Madras plague regulations in force outside the Presidency town - Volume 2
Disease focus: Plague
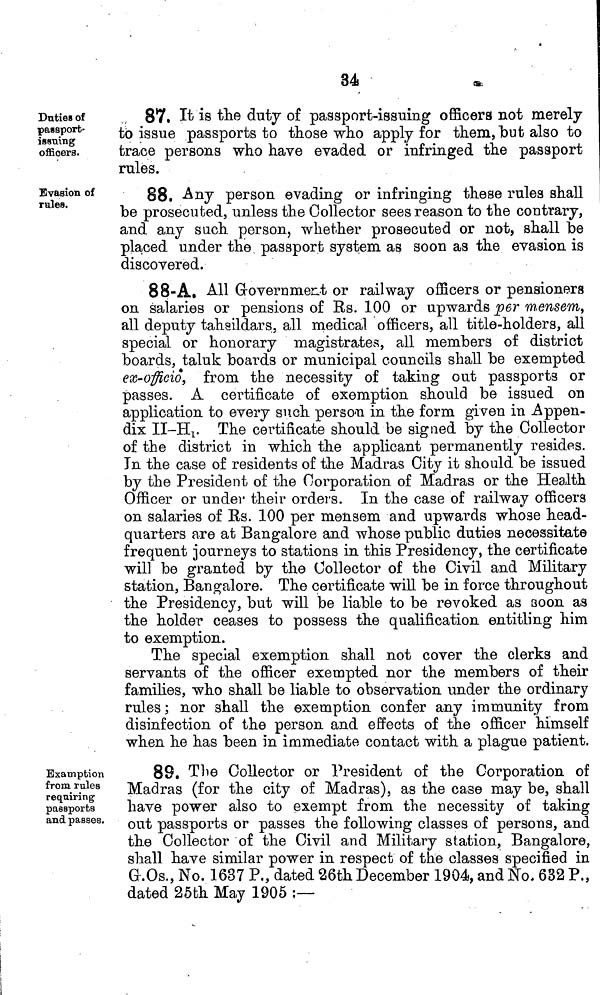
34
Duties of
passport-
issuing
officers.
87. It is the duty of passport-issuing officers not merely
to issue passports to those who apply for them, but also to
trace persons who have evaded or infringed the passport
rules.
Evasion of
rules.
88. Any person evading or infringing these rules shall
be prosecuted, unless the Collector sees reason to the contrary,
and any such person, whether prosecuted or not, shall be
placed under the passport system as soon as the evasion is
discovered.
88-A. All Government or railway officers or pensioners
on salaries or pensions of Rs. 100 or upwards per mensem,
all deputy tahsildars, all medical officers, all title-holders, all
special or honorary magistrates, all members of district
boards, taluk boards or municipal councils shall be exempted
ex-officio, from the necessity of taking out passports or
passes. A certificate of exemption should be issued on
application to every such person in the form given in Appen-
dix II-H1. The certificate should be signed by the Collector
of the district in which the applicant permanently resides.
In the case of residents of the Madras City it should be issued
by the President of the Corporation of Madras or the Health
Officer or under their orders. In the case of railway officers
on salaries of Rs. 100 per mensem and upwards whose head-
quarters are at Bangalore and whose public duties necessitate
frequent journeys to stations in this Presidency, the certificate
will be granted by the Collector of the Civil and Military
station, Bangalore. The certificate will be in force throughout
the Presidency, but will be liable to be revoked as soon as
the holder ceases to possess the qualification entitling him
to exemption.
The special exemption shall not cover the clerks and
servants of the officer exempted nor the members of their
families, who shall be liable to observation under the ordinary
rules ; nor shall the exemption confer any immunity from
disinfection of the person and effects of the officer himself
when he has been in immediate contact with a plague patient.
Examption
from rules
requiring
passports
and passes.
88. The Collector or President of the Corporation of
Madras (for the city of Madras), as the case may be, shall
have power also to exempt from the necessity of taking
out passports or passes the following classes of persons, and
the Collector of the Civil and Military station, Bangalore,
shall have similar power in respect of the classes specified in
G.Os., No. 1637 P., dated 26th December 1904, and No. 632 P.,
dated 25th May 1905 ;—